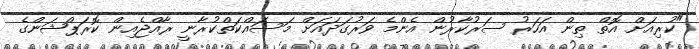
"ކުރިއަށް އޮތް ތިން އަހަރު ސަރުކާރުން އެންމެ ވަރުގަދައަށް މަސައްކަތްކުރާނީ ރާއްޖެއިން ކޮރަޕްޝަންގެ